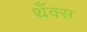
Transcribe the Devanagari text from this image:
थँक्स